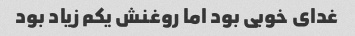
غدای خوبی بود اما روغنش یکم زیاد بود